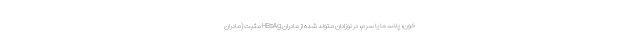
خون، پلاسما یا سرم، در نوزادان متولد شده از مادران HBsAg مثبت (مادران